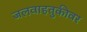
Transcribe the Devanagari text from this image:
जलवाहतुकीवर